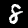
Label: 8